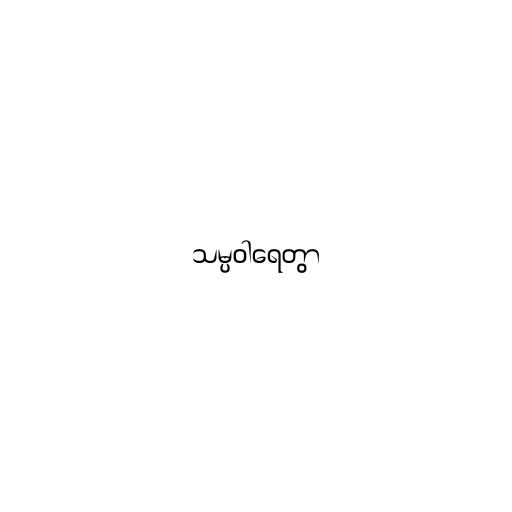
သမ္ပဝါရေတွာ